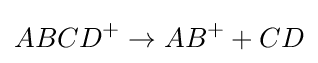
ABCD^{+}\to AB^{+}+CD